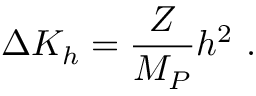
\Delta K _ { h } = \frac { Z } { M _ { P } } h ^ { 2 } ~ .